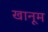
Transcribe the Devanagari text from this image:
खानूम